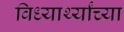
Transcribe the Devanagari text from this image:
विध्यार्थ्यांच्या